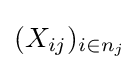
(X_{ij})_{i\in n_{j}}